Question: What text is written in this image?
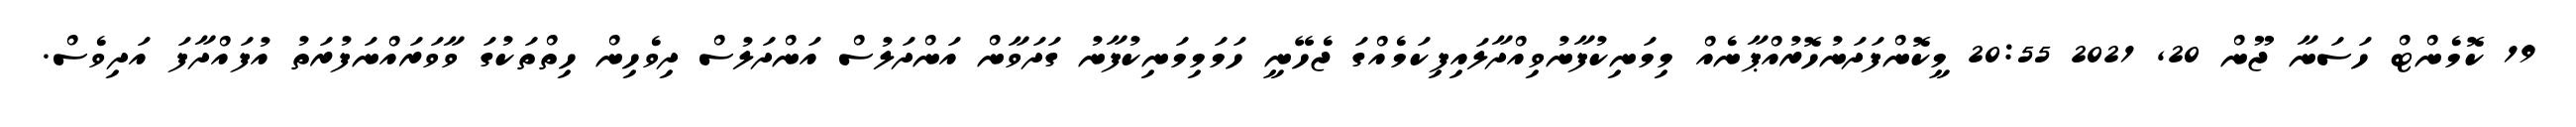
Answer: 19 ކޮމެންޓް ހަސަނާ ޖޫން 20, 2021 20:55 މީކޮންފަދަނުހޮރުއްޕާނެއް މިމަނިކުފާނުވިއްދާލައިފިކަމެއްގަ ޖެހޭނީ ހަމަމިމަނިކުފާނު ގަދަވާން އަންދަލުސް އަންދަލުސް ދިވެހިން ހިތްތަކުގަ ވާވަރައްނަފުރަތު އުފައްދާފަ އަދިވެސް.